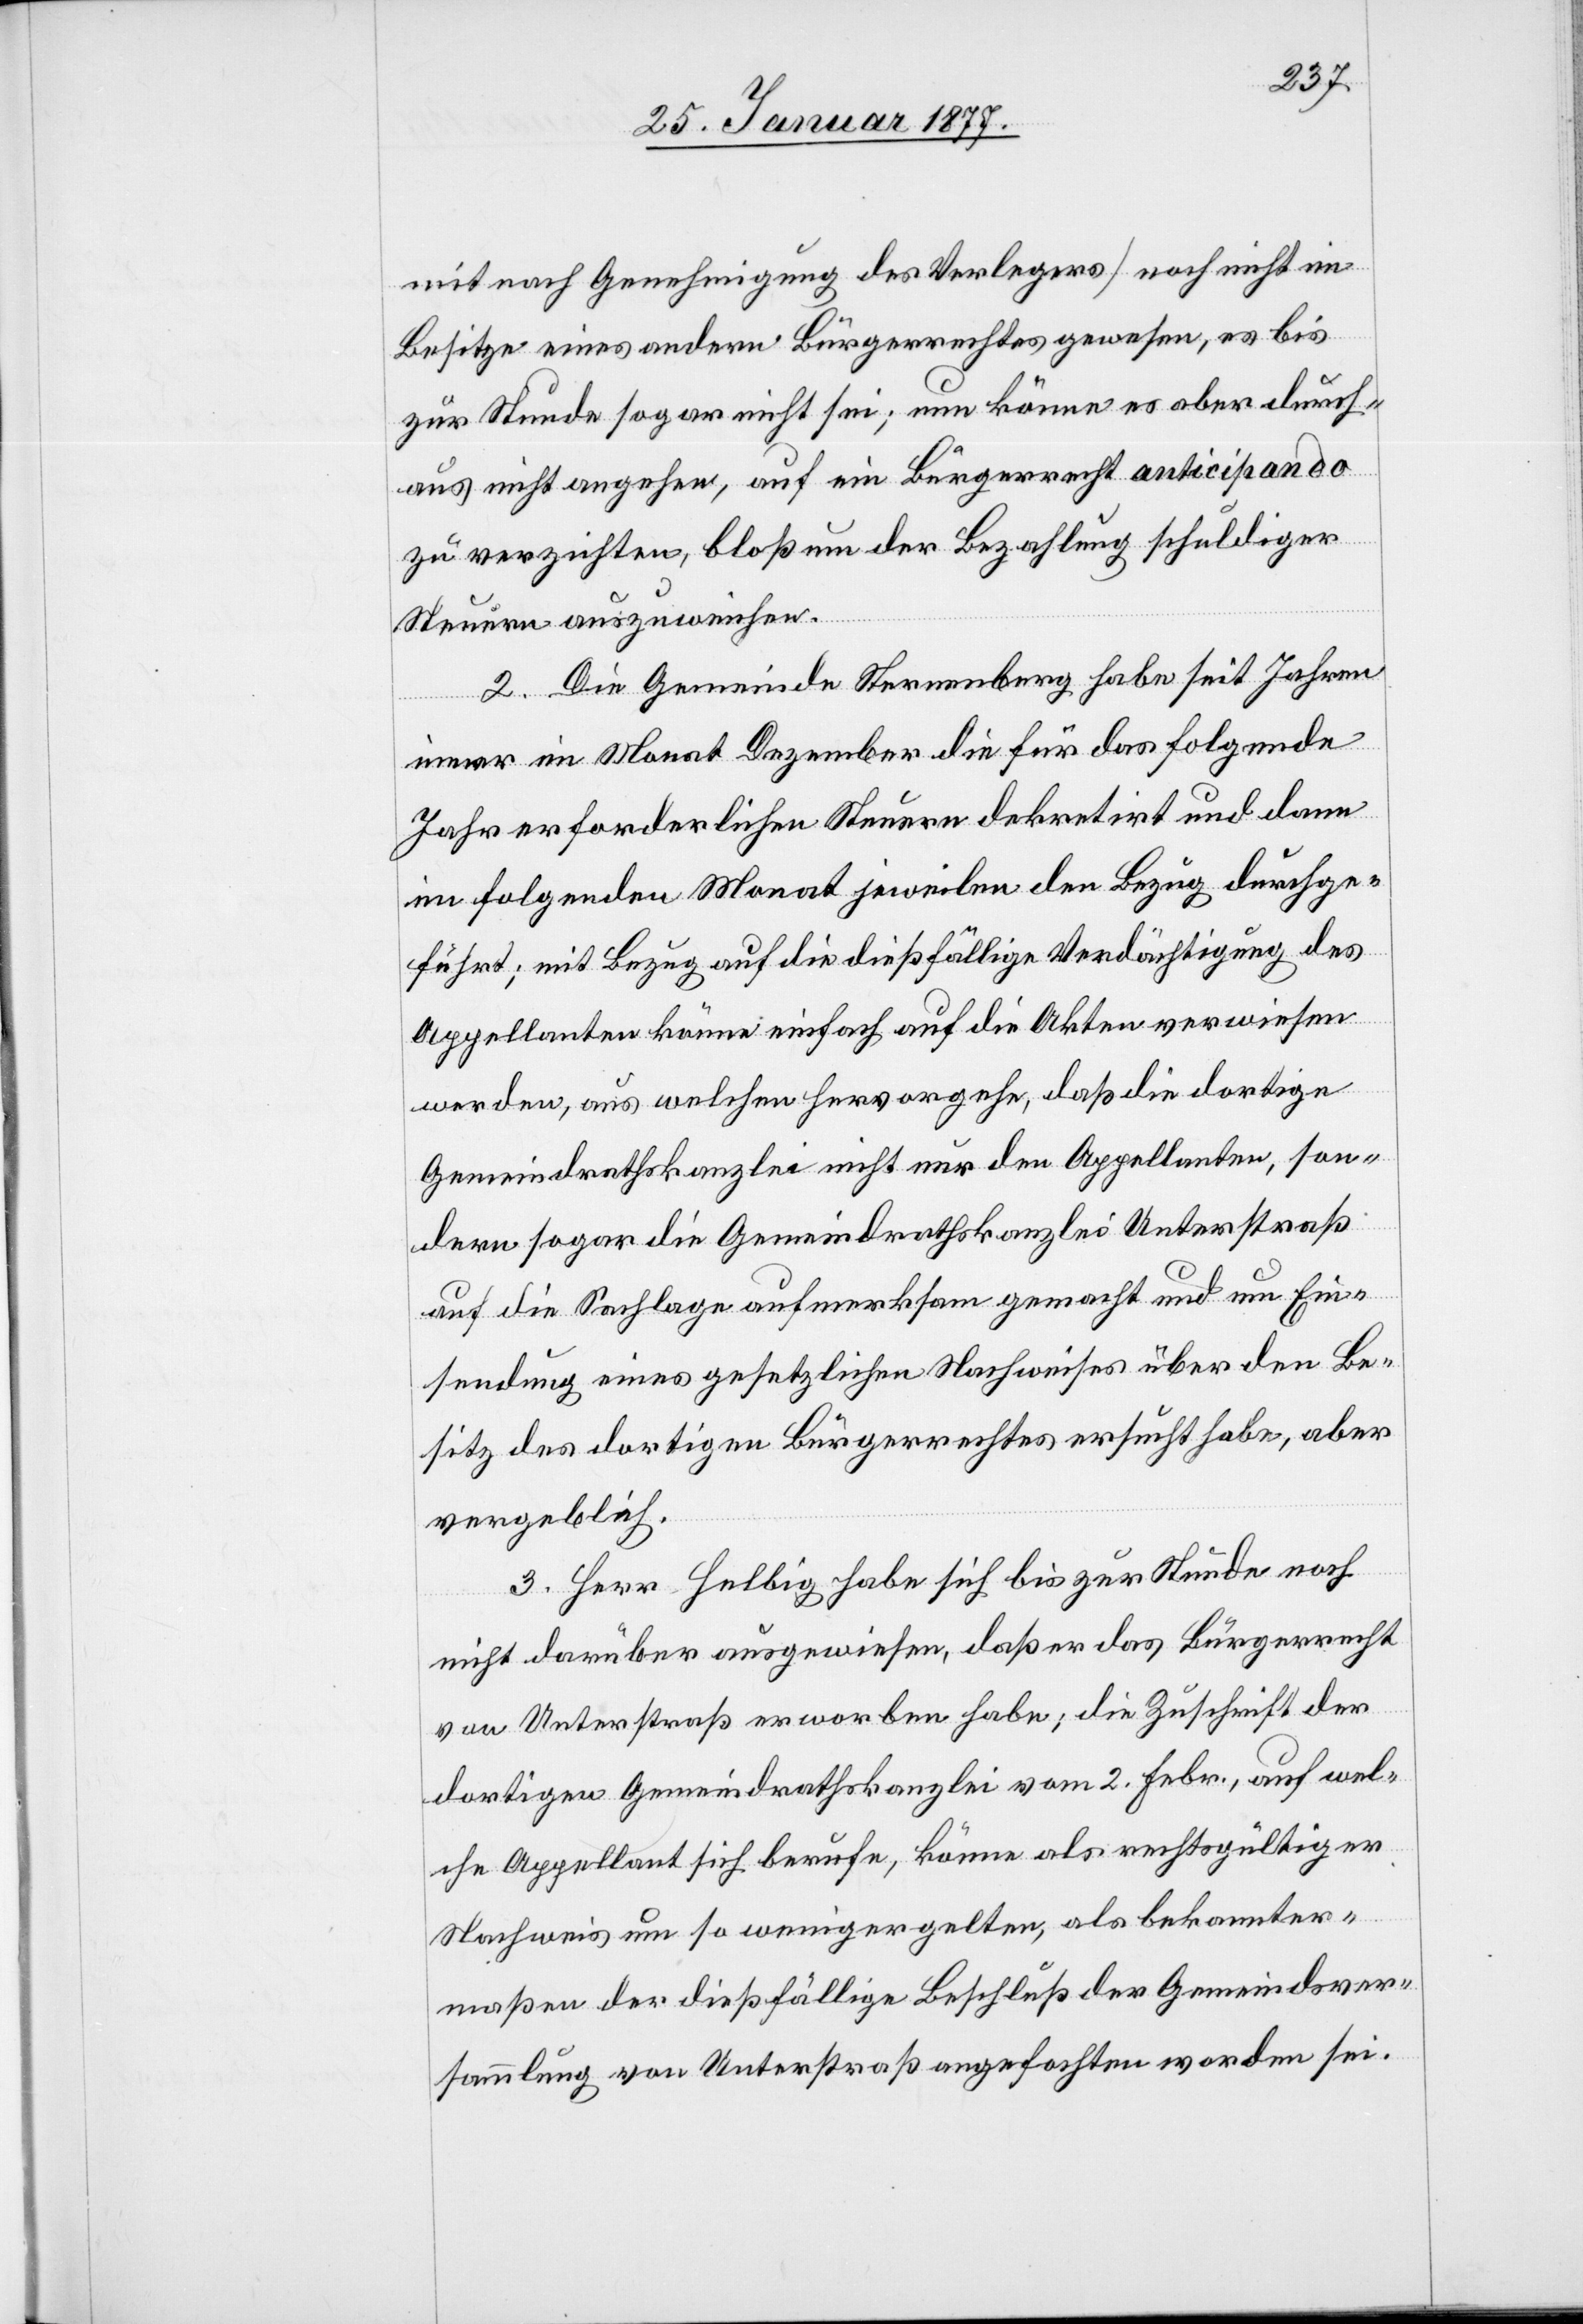
mit nach Genehmigung des Verlegers] noch nicht im
Besitze eines andern Bürgerrechtes gewesen, es bis
zur Stunde sogar nicht sei; nun könne es aber durch¬
aus nicht angehen, auf ein Bürgerrecht anticipando
zu verzichten, bloß um der Bezahlung schuldiger
Steuern auszuweichen.
2. Die Gemeinde Sternenberg habe seit Jahren
immer im Monat Dezember die für das folgende
Jahr erforderlichen Steuern dekretirt und dann
im folgenden Monat jeweilen den Bezug durchge¬
führt; mit Bezug auf die dießfällige Verdächtigung des
Appellanten könne einfach auf die Akten verwiesen
werden, aus welchen hervorgehe, daß die dortige
Gemeindrathskanzlei nicht nur den Appellanten, son¬
dern sogar die Gemeindrathskanzlei Unterstraß
auf die Sachlage aufmerksam gemacht und um Ein¬
sendung eines gesetzlichen Nachweises über den Be¬
sitz des dortigen Bürgerrechtes ersucht habe, aber
vergeblich.
3. Herr Helbig habe sich bis zur Stunde noch
nicht darüber ausgewiesen, daß er das Bürgerrecht
von Unterstraß erworben habe; die Zuschrift der
dortigen Gemeindrathskanzlei vom 2. Febr., auf wel¬
che Appellant sich berufe könne als rechtsgültiger
Nachweis um so weniger gelten, als bekannter¬
maßen der dießfällige Beschluß der Gemeindsver¬
sammlung von Unterstraß angefochten worden sei.